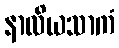
နာလိယသာကံ